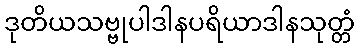
ဒုတိယသဗ္ဗုပါဒါနပရိယာဒါနသုတ္တံ